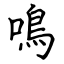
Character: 鳴